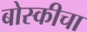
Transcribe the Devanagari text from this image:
बोस्कीचा